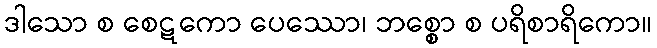
ဒါသော စ စေဋကော ပေဿော၊ ဘစ္စော စ ပရိစာရိကော။